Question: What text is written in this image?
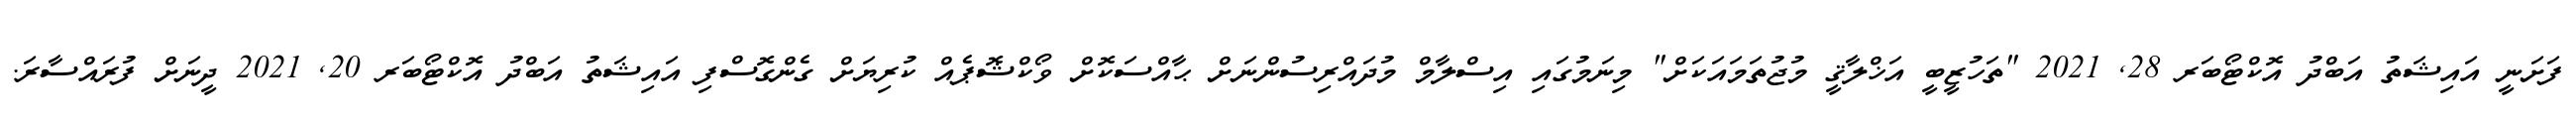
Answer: ފަށަނީ އައިޝަތު އަބްދު އޮކްޓޯބަރ 28, 2021 "ތަހުޒީބީ އަޚްލާޤީ މުޖުތަމައަކަށް" މިނަމުގައި އިސްލާމް މުދައްރިސުންނަށް ޙާއްސަކޮށް ވޯކްޝޮޕެއް ކުރިޔަށް ގެންގޮސްފި އައިޝަތު އަބްދު އޮކްޓޯބަރ 20, 2021 ދީނަށް ފުރައްސާރަ.